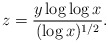
\begin{align*}z=\frac{y\log\log x}{(\log x)^{1/2}}.\end{align*}